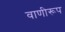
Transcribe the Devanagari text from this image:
वाणीरूप